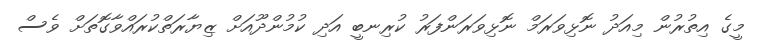
މީގެ އިތުރުން މިއަދު ނޮޅިވަރަމް ނޮޅިވަރަންފަރު ކުރިނބީ އަދި ކުމުންދޫއަށް ޒިޔާރަތްކުރައްވާގޮތަށް ވެސް